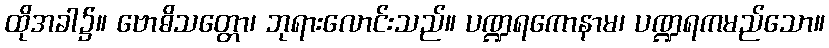
ထိုအခါ၌။ ဗောဓိသတ္တော၊ ဘုရားလောင်းသည်။ ပဏ္ဍရကောနာမ၊ ပဏ္ဍရကမည်သော။